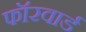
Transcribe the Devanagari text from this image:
फॉरवार्ड